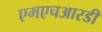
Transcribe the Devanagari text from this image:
एमएचआरडी